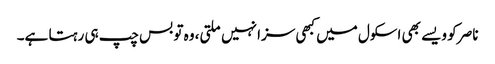
ناصر کو ویسے بھی اسکول میں کبھی سزا نہیں ملتی، وہ تو بس چپ ہی رہتا ہے۔